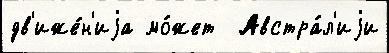
дв'иже́н'иjа мо́жет  Австра́л'иjи